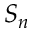
S _ { n }